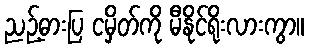
ညဉ့်ဓားပြ ငမှိတ်ကို မီနိုင်ရိုးလားကွာ။